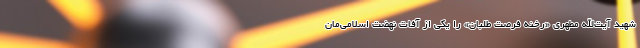
شهید آیت‌الله مطهری «رخنه فرصت طلبان» را یکی از آفات نهضت اسلامی‌مان